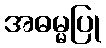
အဓမ္မပြု